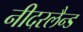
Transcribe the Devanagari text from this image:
नीदरलैन्ड